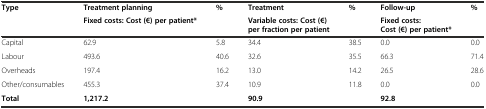
<table><thead><tr><td rowspan="2"><b>Type</b></td><td><b>Treatment planning</b></td><td rowspan="2"><b>%</b></td><td><b>Treatment</b></td><td rowspan="2"><b>%</b></td><td><b>Follow-up</b></td><td rowspan="2"><b>%</b></td></tr><tr><td><b>Fixed costs: Cost (€) per patient*</b></td><td><b>Variable costs: Cost (€) per fraction per patient</b></td><td><b>Fixed costs: Cost (€) per patient*</b></td></tr></thead><tbody><tr><td>Capital</td><td>62.9</td><td>5.8</td><td>34.4</td><td>38.5</td><td>0.0</td><td>0.0</td></tr><tr><td>Labour</td><td>493.6</td><td>40.6</td><td>32.6</td><td>35.5</td><td>66.3</td><td>71.4</td></tr><tr><td>Overheads</td><td>197.4</td><td>16.2</td><td>13.0</td><td>14.2</td><td>26.5</td><td>28.6</td></tr><tr><td>Other/consumables</td><td>455.3</td><td>37.4</td><td>10.9</td><td>11.8</td><td>0.0</td><td>0.0</td></tr><tr><td><b>Total</b></td><td><b>1,217.2</b></td><td>[EMPTY_CELL]</td><td><b>90.9</b></td><td>[EMPTY_CELL]</td><td><b>92.8</b></td><td>[EMPTY_CELL]</td></tr></tbody></table>